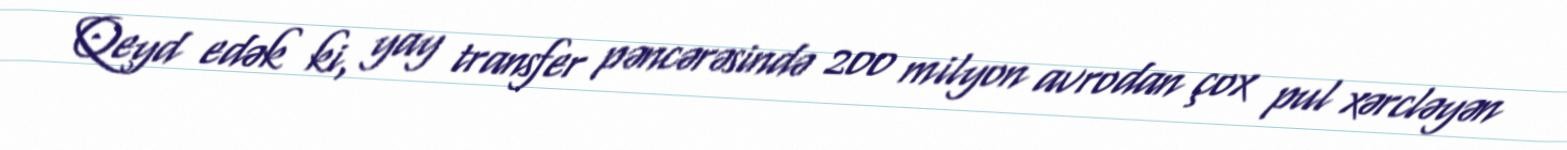
Qeyd edək ki, yay transfer pəncərəsində 200 milyon avrodan çox pul xərcləyən